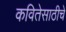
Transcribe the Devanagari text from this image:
कवितेसाठीचे